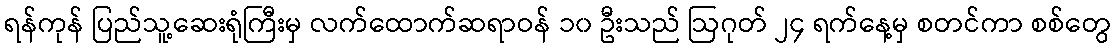
ရန်ကုန် ပြည်သူ့ဆေးရုံကြီးမှ လက်ထောက်ဆရာဝန် ၁၀ ဦးသည် ဩဂုတ် ၂၄ ရက်နေ့မှ စတင်ကာ စစ်တွေ